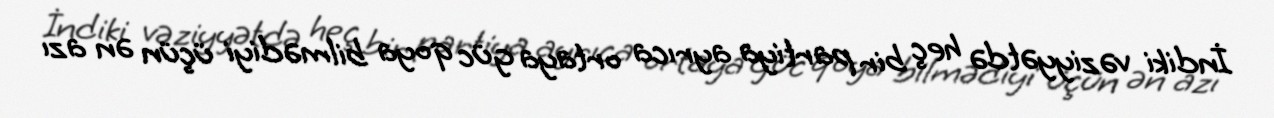
İndiki vəziyyətdə heç bir partiya ayrıca ortaya güc qoya bilmədiyi üçün ən azı